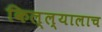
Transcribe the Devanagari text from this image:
किल्ल्यालाच